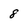
Character: 8